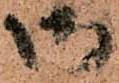
御